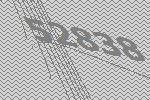
52838